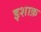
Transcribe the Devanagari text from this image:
इशाक़